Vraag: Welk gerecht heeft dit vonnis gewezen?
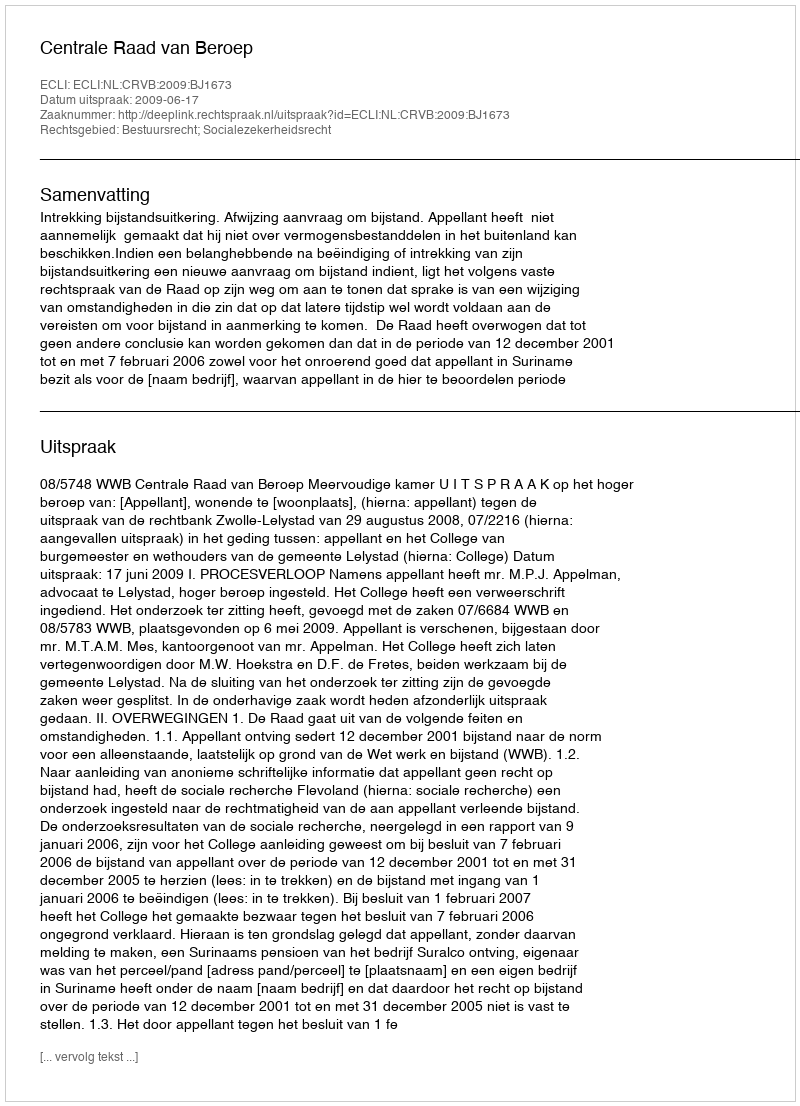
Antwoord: Centrale Raad van Beroep